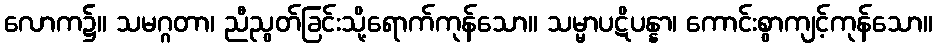
လောက၌။ သမဂ္ဂတာ၊ ညီညွတ်ခြင်းသို့ရောက်ကုန်သော။ သမ္မာပဋိပန္နာ၊ ကောင်းစွာကျင့်ကုန်သော။